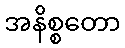
အနိစ္စတော